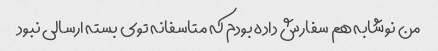
من نوشابه هم سفارش داده بودم که متاسفانه توی بسته ارسالی نبود